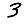
Digit: 3